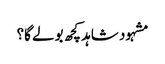
مشہود شاہد کچھ بولے گا؟